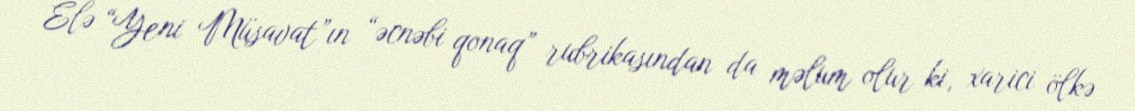
Elə “Yeni Müsavat”ın “əcnəbi qonaq” rubrikasından da məlum olur ki, xarici ölkə